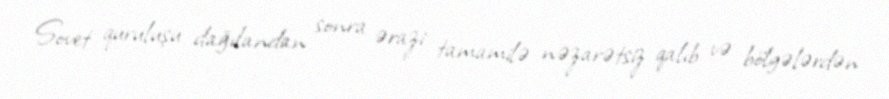
Sovet quruluşu dağılandan sonra ərazi tamamilə nəzarətsiz qalıb və bölgələrdən